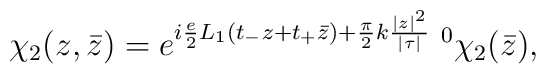
\chi_2(z,\bar{z})=e^{i\frac{e}{2}L_1(t_{-}z+t_{+}\bar{z})+\frac{\pi}{2}k\frac{|z|^2}{|\tau|}}\;^0\chi_2(\bar{z}),